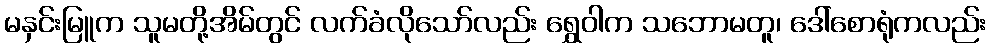
မနှင်းမြူက သူမတို့အိမ်တွင် လက်ခံလိုသော်လည်း ရွှေဝါက သဘောမတူ၊ ဒေါ်စောရုံကလည်း